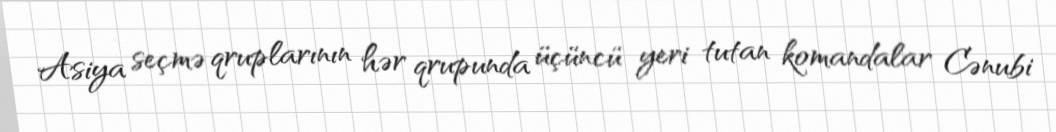
Asiya seçmə qruplarının hər qrupunda üçüncü yeri tutan komandalar Cənubi